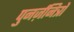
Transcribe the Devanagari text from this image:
पुनर्ज़नित्रों